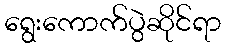
ရွေးကောက်ပွဲဆိုင်ရာ